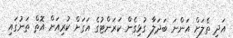
އަދި ތެލަށް އަންނަ ބަދަލާ ގުޅިގެން ކަރަންޓުގެ އަގަށް ކުރިއަށް އޮތް ތަނުގައި